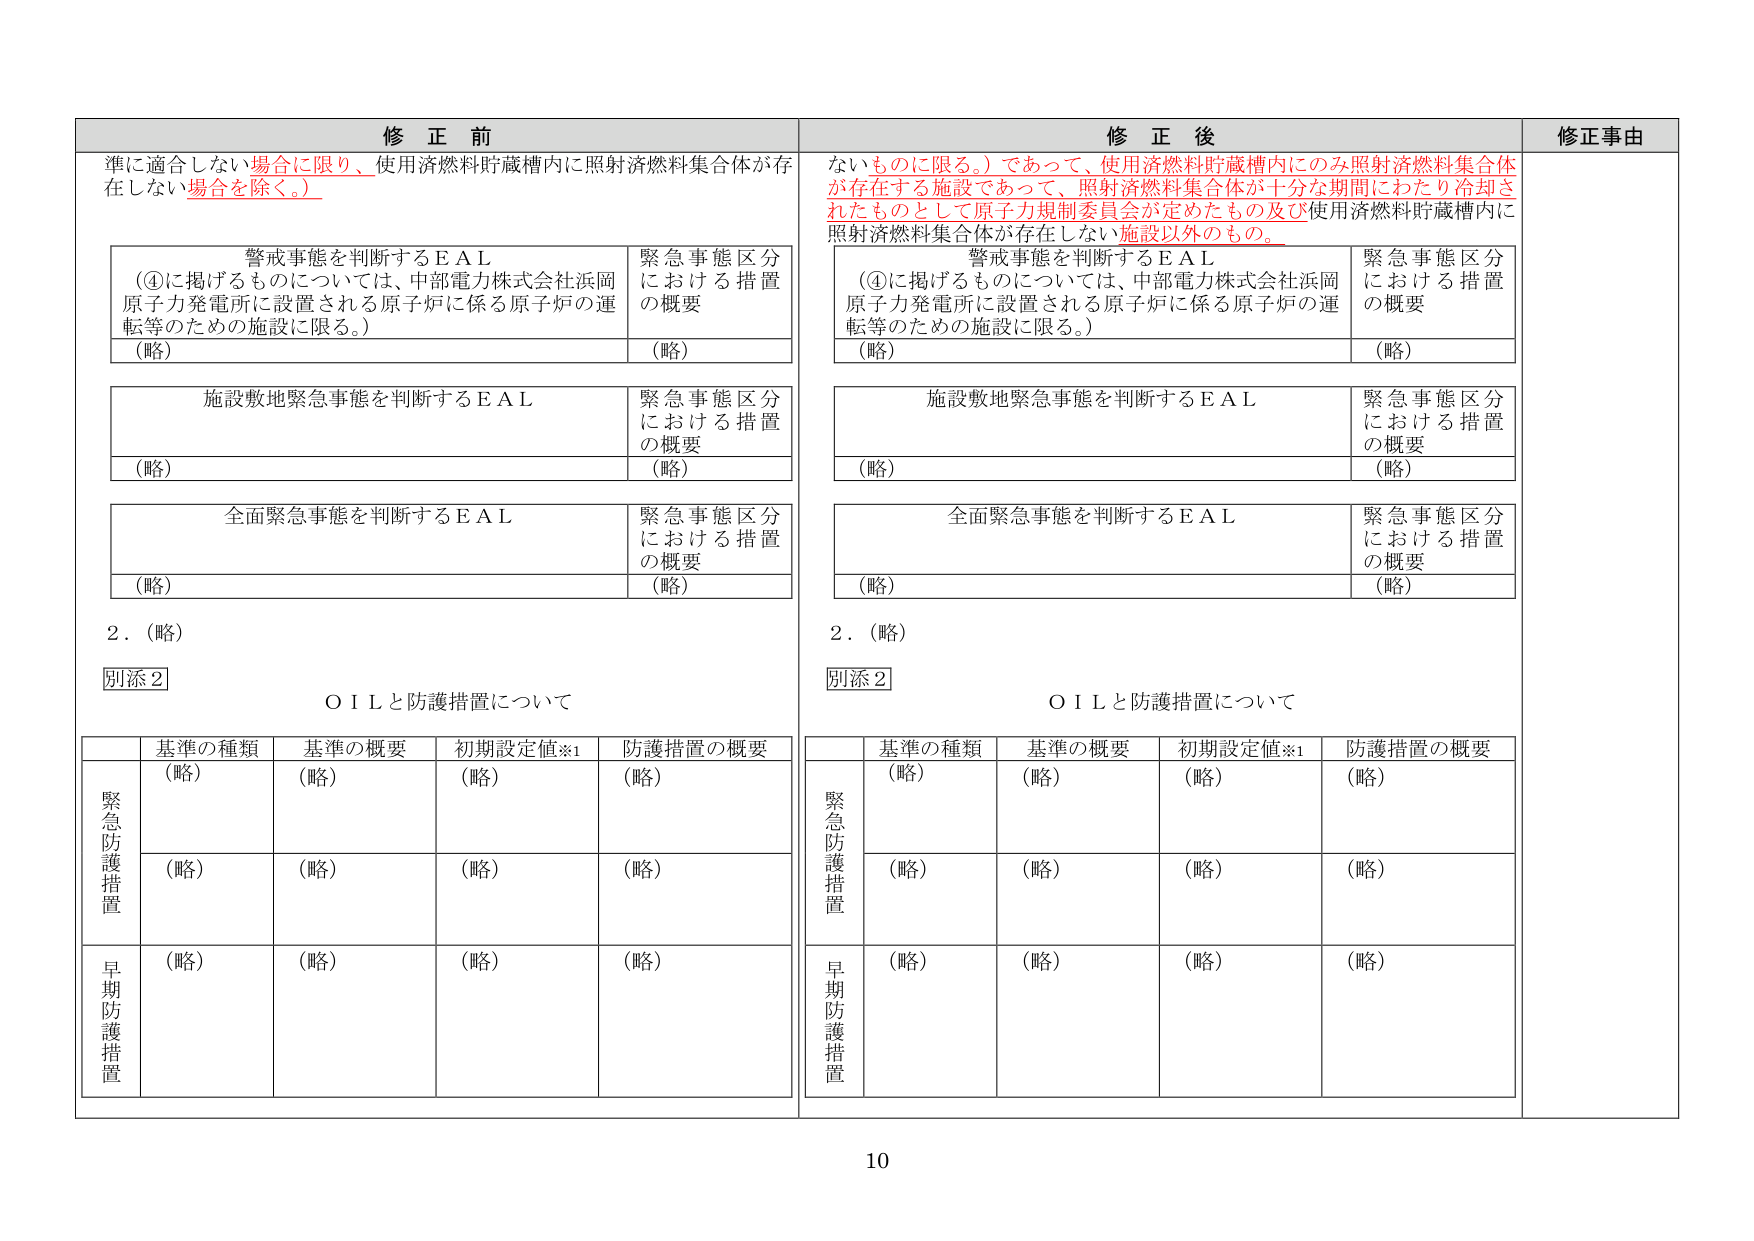
修正前
準に適合しない場合に限り、使用済燃料貯蔵槽内に照射済燃料集合体が存在しない場合を除く。）
警戒事態を判断するＥＡＬ
（④に掲げるもののについては、中部電力株式会社浜岡原子力発電所に設置される原子炉に係る原子炉の運転等のための施設に限る。）
（略）
緊急事態区分における措置の概要
（略）
施設敷地緊急事態を判断するＥＡＬ
（略）
緊急事態区分における措置の概要
（略）
全面緊急事態を判断するＥＡＬ
（略）
緊急事態区分における措置の概要
（略）
２．（略）
別添２
ＯＩＬと防護措置について
基準の種類
（略）
（略）
（略）
基準の概要
（略）
（略）
（略）
初期設定値※1
（略）
（略）
（略）
防護措置の概要
（略）
（略）
（略）
緊急防護措置
早期防護措置
修正後
ないものに限る。）であって、使用済燃料貯蔵槽内にのみ照射済燃料集合体が存在する施設であって、照射済燃料集合体が十分な期間にわたり冷却されたものとして原子力規制委員会が定めたもの及び使用済燃料貯蔵槽内に照射済燃料集合体が存在しない施設以外のもの。
警戒事態を判断するＥＡＬ
（④に掲げるもののについては、中部電力株式会社浜岡原子力発電所に設置される原子炉に係る原子炉の運転等のための施設に限る。）
（略）
緊急事態区分における措置の概要
（略）
施設敷地緊急事態を判断するＥＡＬ
（略）
緊急事態区分における措置の概要
（略）
全面緊急事態を判断するＥＡＬ
（略）
緊急事態区分における措置の概要
（略）
２．（略）
別添２
ＯＩＬと防護措置について
基準の種類
（略）
（略）
（略）
基準の概要
（略）
（略）
（略）
初期設定値※1
（略）
（略）
（略）
防護措置の概要
（略）
（略）
（略）
緊急防護措置
早期防護措置
修正事由
10